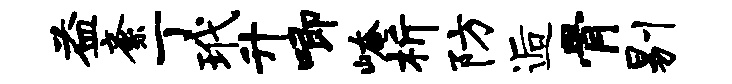
益紊丁玳升唧崦析防逅骨剔